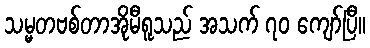
သမ္မတဗစ်တာအိုမီရူသည် အသက် ၇၀ ကျော်ပြီ။